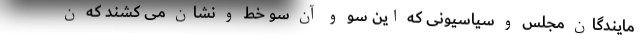
مایندگان مجلس و سیاسیونی که این سو و آن سو خط و نشان می کشند که ن